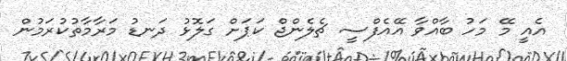
އެއީ މޭ މަހު ބާއްވާ އޭއެފްސީ ޗެލެންޖް ކަޕަށް ގަލޮޅު ދަނޑު މަރާމާތުކުރަމުން